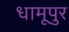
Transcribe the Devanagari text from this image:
धामूपुर